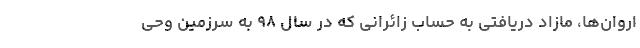
اروان‌ها، مازاد دریافتی به حساب زائرانی که در سال ۹۸ به سرزمین وحی